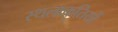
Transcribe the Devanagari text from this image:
स्थलाकॄतियों